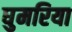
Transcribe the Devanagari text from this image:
घुमरिया